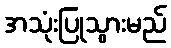
အသုံးပြုသွားမည်